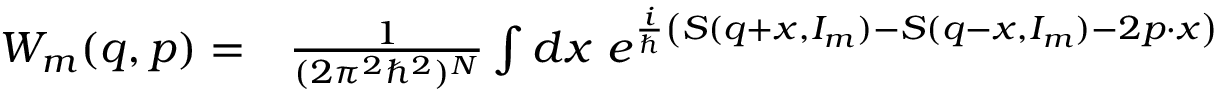
\begin{array} { r l } { W _ { m } ( q , p ) = } & { { } \frac { 1 } { ( 2 \pi ^ { 2 } \hbar ^ { 2 } ) ^ { N } } \int d x \ e ^ { \frac { i } { \hbar } \left( S ( q + x , I _ { m } ) - S ( q - x , I _ { m } ) - 2 p \cdot x \right) } } \end{array}